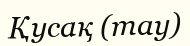
Қусақ (тау)